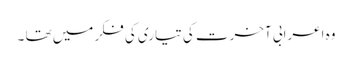
وہ اعرابی آخرت کی تیاری کی فکر میں تھا ۔